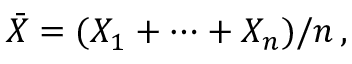
{ \bar { X } } = ( X _ { 1 } + \cdots + X _ { n } ) / n \, ,